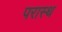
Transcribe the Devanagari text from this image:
परास्थ